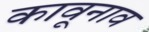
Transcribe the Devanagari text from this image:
कावूनाव